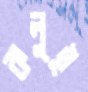
কলুই